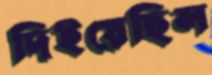
দিইয়েছিল